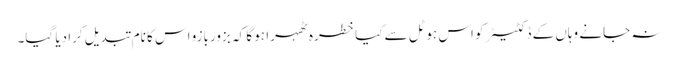
نہ جانے وہاں کے ڈکٹیٹر کو اس ہوٹل سے کیا خطرہ ٹھہرا ہو گا کہ بزوربازو اس کا نام تبدیل کرا دیا گیا۔